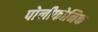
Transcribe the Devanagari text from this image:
पोलीफोनिक